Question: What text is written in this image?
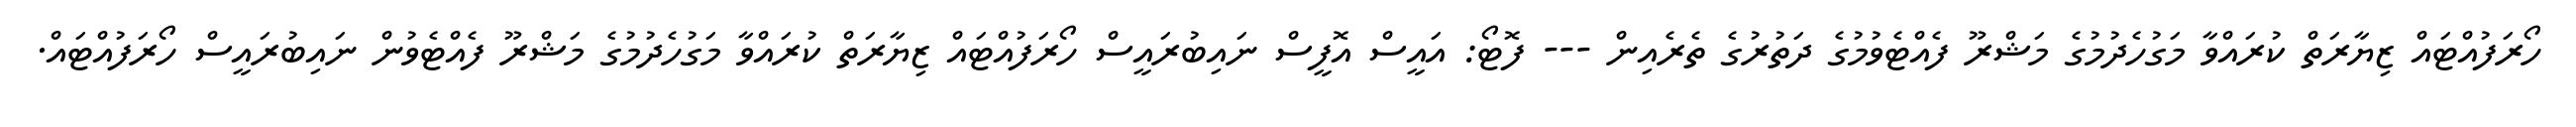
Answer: ހޯރަފުއްޓައް ޒިޔާރަތް ކުރައްވާ މަގުހެދުމުގެ މަޝްރޫ ފެއްޓެވުމުގެ ދަތުރުގެ ތެރެއިން --- ފޮޓޯ: އައީސް އޮފީސް ނައިބުރައީސް ހޯރަފުއްޓައް ޒިޔާރަތް ކުރައްވާ މަގުހެދުމުގެ މަޝްރޫ ފެއްޓެވުން ނައިބުރައީސް ހޯރަފުއްޓައް.